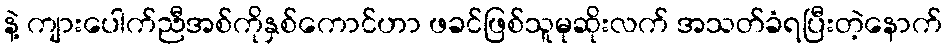
နဲ့ ကျားပေါက်ညီအစ်ကိုနှစ်ကောင်ဟာ ဖခင်ဖြစ်သူမုဆိုးလက် အသတ်ခံရပြီးတဲ့နောက်